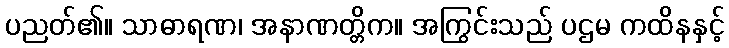
ပညတ်၏။ သာဓာရဏ၊ အနာဏတ္တိက။ အကြွင်းသည် ပဌမ ကထိနနှင့်